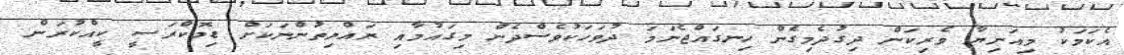
އެކަމަކު މިއަނިޔާ ވެރިކަން ދިގުދެމިގެން ހިނގައްޖެނަމަ ދުވަހަކުވެސްދެން މިގައުމާއި ރައްޔިތުންނަކަށް ޑިމޮކްރަސީ ކީއްކުރަން